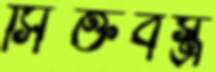
সিক্তবস্ত্র